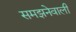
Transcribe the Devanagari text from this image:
समझनेवाली